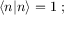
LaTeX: \langle n | n \rangle = 1 \ ;